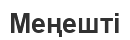
Меңешті